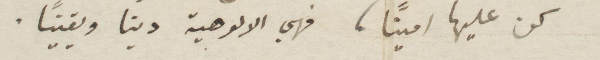
كن عليها أمينًا، فهي الالوهية دينا ويقينا.